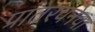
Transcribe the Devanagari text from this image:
प्रांतरचनेचा